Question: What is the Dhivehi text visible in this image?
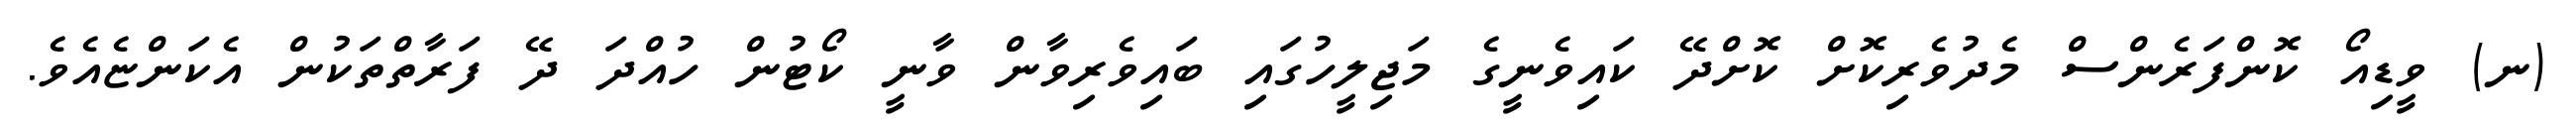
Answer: (ނ) ވީޑިއޯ ކޮންފަރެންސް މެދުވެރިކޮށް ކޮށްދޭ ކައިވެނީގެ މަޖިލީހުގައި ބައިވެރިވާން ވާނީ ކޯޓުން ހުއްދަ ދޭ ފަރާތްތަކުން އެކަންޏެއެވެ.